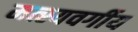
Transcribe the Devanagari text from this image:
मत्स्यवर्गीय